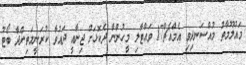
މައުލޫމާތު މުއްސަނދިވި އެމްއެޗް17 ވައްޓާލި މީހުންނާ ދެކޮޅަށް ޖިނާއީ ދައުވާ ކުރަނީމަތިންދާ ބޯޓު